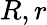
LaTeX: R,r